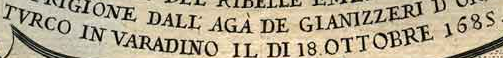
TVRCO IN VARADINO IL DI 18.OTTOBRE 1685